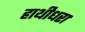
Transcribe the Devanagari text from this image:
हाथीधरा